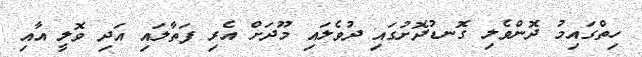
ހިތްގައިމު ދޮންވެލި ގޮނޑުދޮށުގައި ދުވެލައި މޫދަށް އެރި ފަތާލައި އަދި ވޮލީ އާއި